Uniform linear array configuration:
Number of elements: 48
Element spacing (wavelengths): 1
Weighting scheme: blackman
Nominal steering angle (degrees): -15
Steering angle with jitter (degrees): -14.573
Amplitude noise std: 0.05
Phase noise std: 0.05

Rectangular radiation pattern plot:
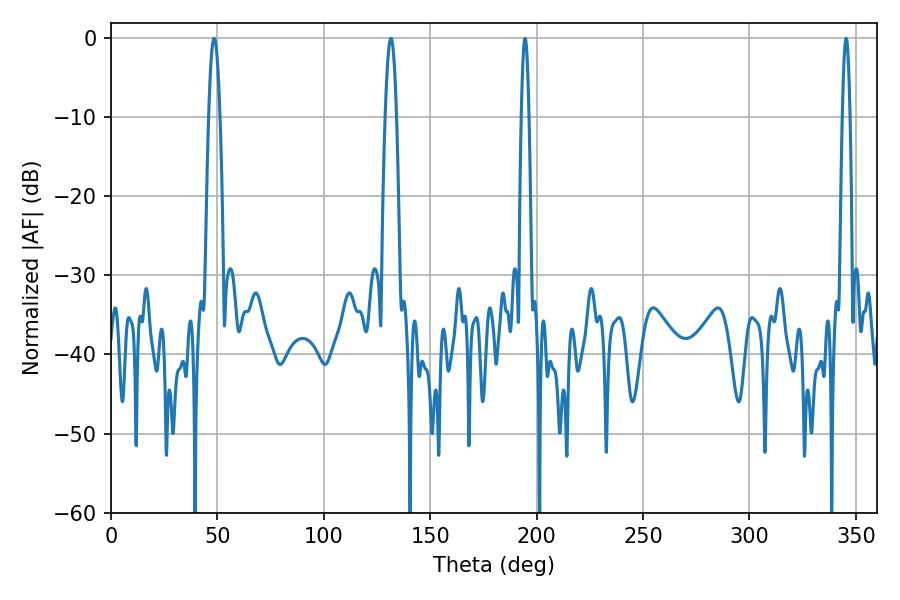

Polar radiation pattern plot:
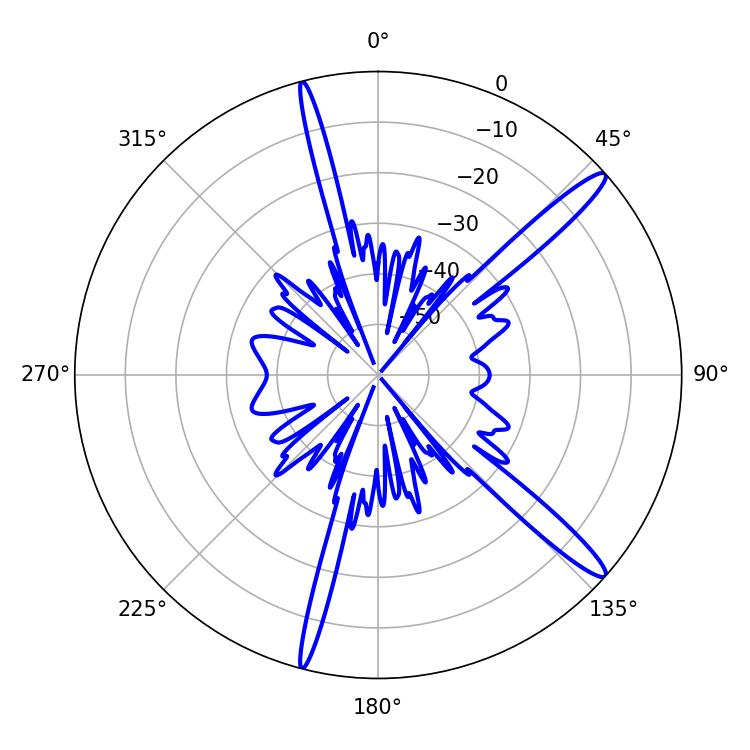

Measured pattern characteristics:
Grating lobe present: TRUE
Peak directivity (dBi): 14.93
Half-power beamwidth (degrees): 1.8
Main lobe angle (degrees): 345.42